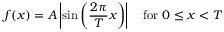
f ( x ) = A \left| \sin \left( { \frac { 2 \pi } { T } } x \right) \right| \quad { \mathrm { f o r ~ } } 0 \leq x < T